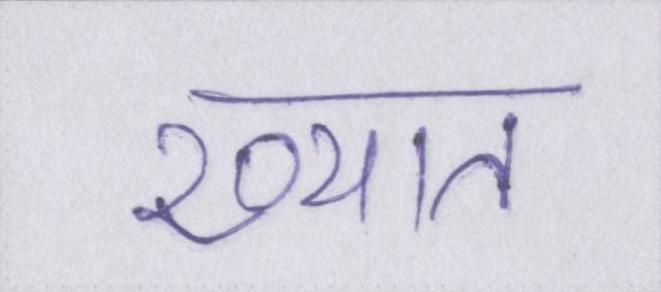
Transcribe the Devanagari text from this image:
ख्यात